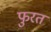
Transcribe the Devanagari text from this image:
फुरत